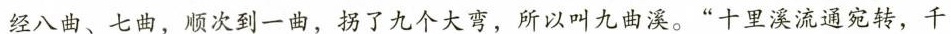
经八曲、七曲，顺次到一曲，拐了九个大弯，所以叫九曲溪。”十里溪流通宛转，